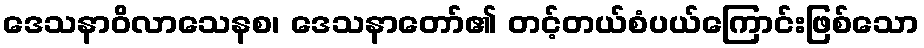
ဒေသနာဝိလာသေနစ၊ ဒေသနာတော်၏ တင့်တယ်စံပယ်ကြောင်းဖြစ်သော